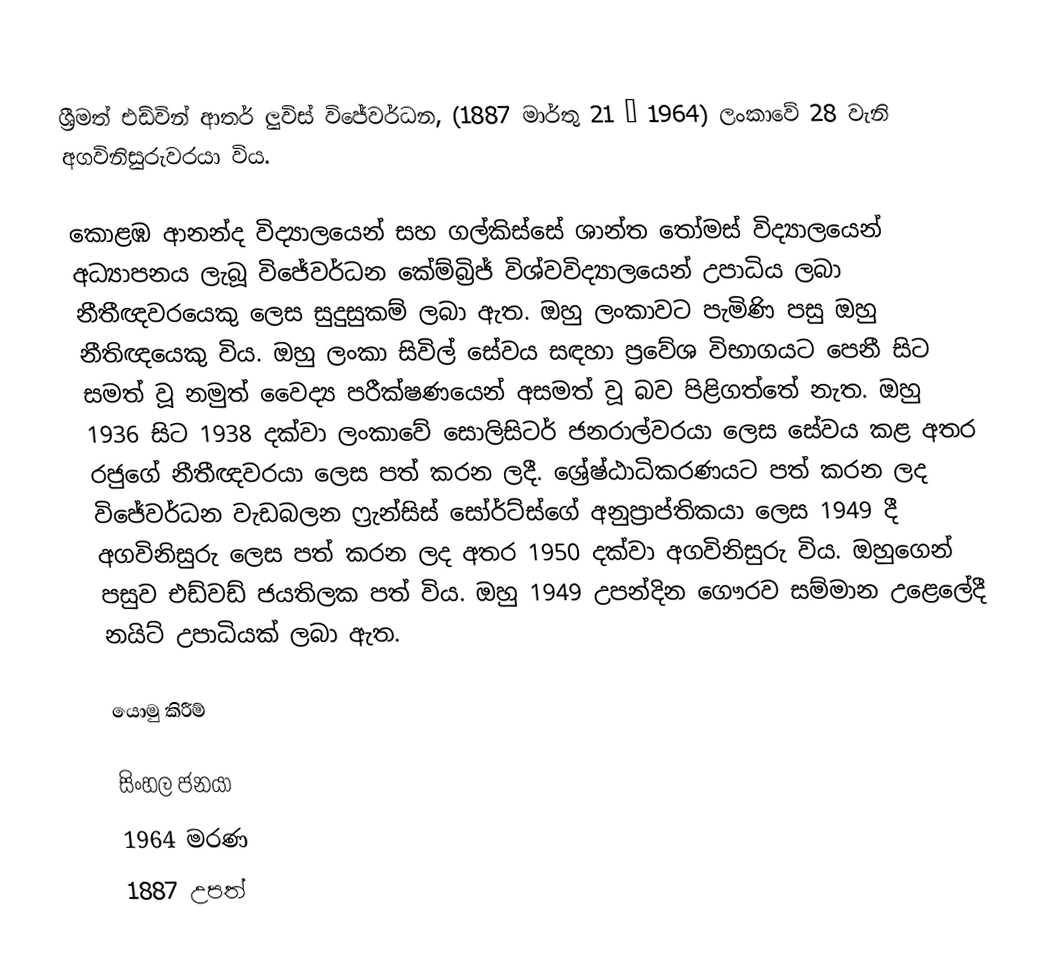
ශ්‍රීමත් එඩ්වින් ආතර් ලුවිස් විජේවර්ධන, (1887 මාර්තු 21 – 1964) ලංකාවේ 28 වැනි අගවිනිසුරුවරයා විය.

කොළඹ ආනන්ද විද්‍යාලයෙන් සහ ගල්කිස්සේ ශාන්ත තෝමස් විද්‍යාලයෙන් අධ්‍යාපනය ලැබූ විජේවර්ධන කේම්බ්‍රිජ් විශ්වවිද්‍යාලයෙන් උපාධිය ලබා නීතීඥවරයෙකු ලෙස සුදුසුකම් ලබා ඇත. ඔහු ලංකාවට පැමිණි පසු ඔහු නීතිඥයෙකු විය. ඔහු ලංකා සිවිල් සේවය සඳහා ප්‍රවේශ විභාගයට පෙනී සිට සමත් වූ නමුත් වෛද්‍ය පරීක්ෂණයෙන් අසමත් වූ බව පිළිගත්තේ නැත. ඔහු 1936 සිට 1938 දක්වා ලංකාවේ සොලිසිටර් ජනරාල්වරයා ලෙස සේවය කළ අතර රජුගේ නීතීඥවරයා ලෙස පත් කරන ලදී. ශ්‍රේෂ්ඨාධිකරණයට පත් කරන ලද විජේවර්ධන වැඩබලන ෆ්‍රැන්සිස් සෝර්ට්ස්ගේ අනුප්‍රාප්තිකයා ලෙස 1949 දී අගවිනිසුරු ලෙස පත් කරන ලද අතර 1950 දක්වා අගවිනිසුරු විය. ඔහුගෙන් පසුව එඩ්වඩ් ජයතිලක පත් විය. ඔහු 1949 උපන්දින ගෞරව සම්මාන උළෙලේදී නයිට් උපාධියක් ලබා ඇත.

යොමු කිරීම්

සිංහල ජනයා
1964 මරණ
1887 උපත්